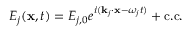
E _ { j } ( \mathbf { x } , t ) = E _ { j , 0 } e ^ { i ( \mathbf { k } _ { j } \cdot \mathbf { x } - \omega _ { j } t ) } + { \mathrm { c . c . } }